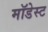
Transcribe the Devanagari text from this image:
मॉडेस्ट